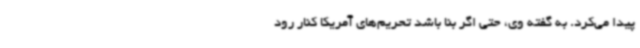
پیدا می‌کرد. به گفته وی، حتی اگر بنا باشد تحریم‌های آمریکا کنار رود